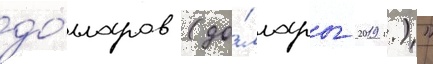
до́лларов (до́ллары 2019 г.)"